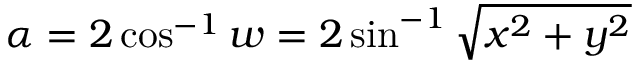
\alpha = 2 \cos ^ { - 1 } w = 2 \sin ^ { - 1 } { \sqrt { x ^ { 2 } + y ^ { 2 } } }